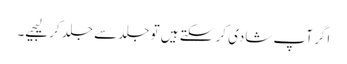
اگر آپ شادی کر سکتے ہیں تو جلد سے جلد کر لیجیے۔